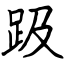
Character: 趿